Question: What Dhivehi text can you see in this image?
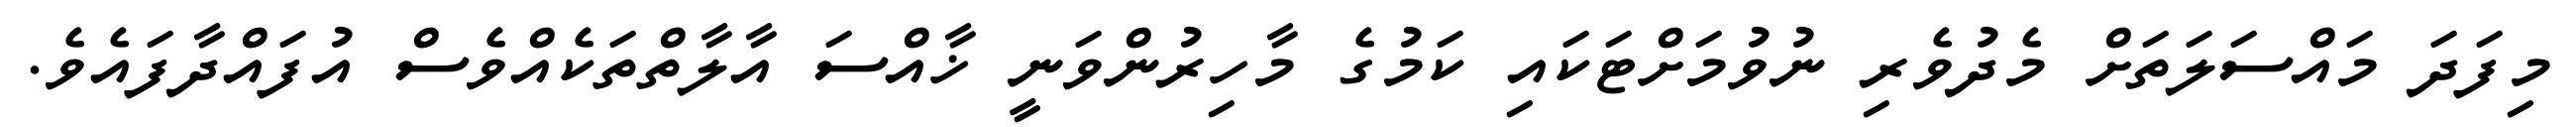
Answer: މިފަދަ މައްސަލަތަށް މެދުވެރި ނުވުމަށްޓަކައި ކަމުގެ މާހިރުންވަނީ ޚާއްސަ އާލާތްތަކެއްވެސް އުފައްދާފައެވެ.